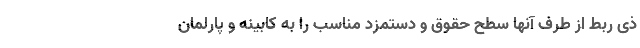
ذی ربط از طرف آنها سطح حقوق و دستمزد مناسب را به کابینه و پارلمان